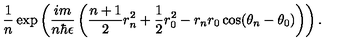
\frac { 1 } { n } \exp \left( \frac { i m } { n \hbar \epsilon } \left( \frac { n + 1 } { 2 } r _ { n } ^ { 2 } + \frac { 1 } { 2 } r _ { 0 } ^ { 2 } - r _ { n } r _ { 0 } \cos ( \theta _ { n } - \theta _ { 0 } ) \right) \right) .